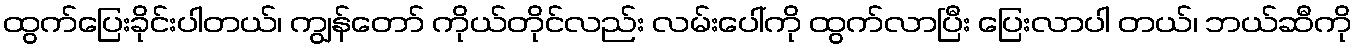
ထွက်ပြေးခိုင်းပါတယ်၊ ကျွန်တော် ကိုယ်တိုင်လည်း လမ်းပေါ်ကို ထွက်လာပြီး ပြေးလာပါ တယ်၊ ဘယ်ဆီကို